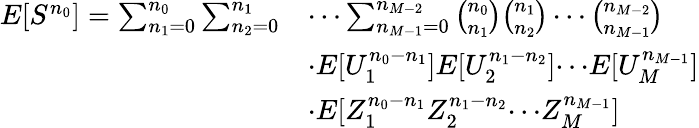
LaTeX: \begin{array}{rl}{E[S^{n_{0}}]=\sum_{n_{1}=0}^{n_{0}}\sum_{n_{2}=0}^{n_{1}}}&{\cdots\sum_{n_{M-1}=0}^{n_{M-2}}{\binom{n_{0}}{n_{1}}\binom{n_{1}}{n_{2}}\cdots\binom{n_{M-2}}{n_{M-1}}}}\\ &{{\cdot}E[U_{1}^{n_{0}-n_{1}}]E[U_{2}^{n_{1}-n_{2}}]{\cdots}E[U_{M}^{n_{M-1}}]}\\ &{{\cdot}E[Z_{1}^{n_{0}-n_{1}}Z_{2}^{n_{1}-n_{2}}{\cdots}Z_{M}^{n_{M-1}}]}\end{array}